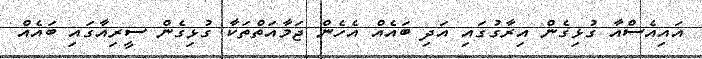
އައިއެސްއާ ގުޅިގެން އިރާގުގައި އަދި ބައެއް އެހެން ޖަމާއަތްތަކާ ގުޅިގެން ސީރިއާގައި ބަަައެއް